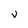
Character: V